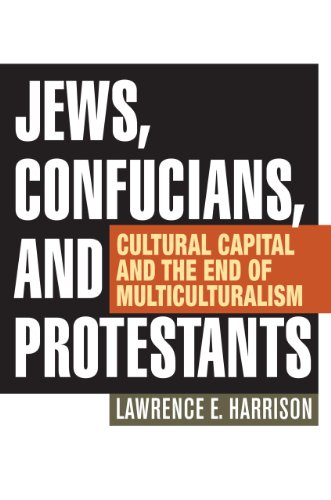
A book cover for Jews, Confucians, and Protestants: Cultural Capital and the End of Multiculturalism; Lawrence E. Harrison; Business & Money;